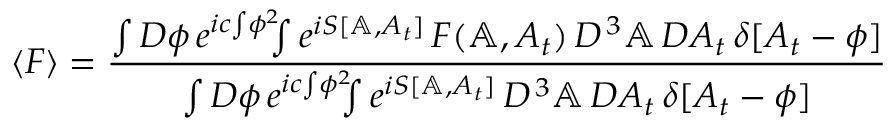
\langle F \rangle = { \frac { \int { \cal D } \phi \, e ^ { i c \! \int \! \phi ^ { 2 } } \! \! \! \int e ^ { i S [ \mathbb { A } , A _ { t } ] } \, F ( \mathbb { A } , A _ { t } ) \, { \cal D } ^ { \, 3 } \mathbb { A } \, { \cal D } A _ { t } \, \delta [ A _ { t } - \phi ] } { \int { \cal D } \phi \, e ^ { i c \! \int \! \phi ^ { 2 } } \! \! \! \int e ^ { i S [ \mathbb { A } , A _ { t } ] } \, { \cal D } ^ { \, 3 } \mathbb { A } \, { \cal D } A _ { t } \, \delta [ A _ { t } - \phi ] } }